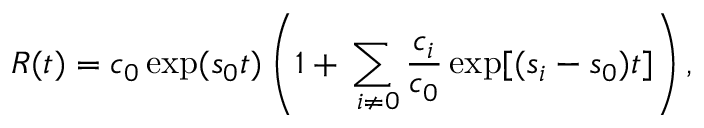
R ( t ) = { { c } _ { 0 } } \exp ( { { s } _ { 0 } } t ) \left( 1 + \sum _ { \mathrm { ~ } i \ne 0 } { \frac { { { c } _ { i } } } { { { c } _ { 0 } } } \exp [ ( { { s } _ { i } } - { { s } _ { 0 } } ) t ] } \right) ,